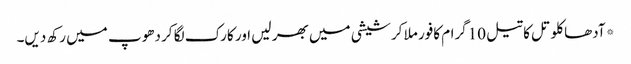
*آدھا کلو تل کا تیل 10گرام کافور ملا کر شیشی میں بھر لیں اور کارک لگا کر دھوپ میں رکھ دیں۔